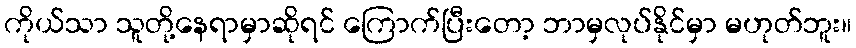
ကိုယ်သာ သူတို့နေရာမှာဆိုရင် ကြောက်ပြီးတော့ ဘာမှလုပ်နိုင်မှာ မဟုတ်ဘူး။